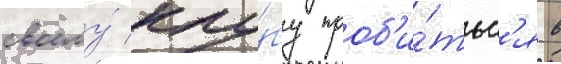
своему́ клу́бу проб'и́тьс'я в